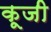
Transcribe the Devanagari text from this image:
कूजी